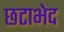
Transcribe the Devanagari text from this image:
छटाभेद